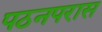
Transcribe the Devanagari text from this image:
पठनपरास